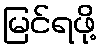
မြင်ရဖို့